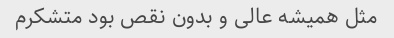
مثل همیشه عالی و بدون نقص بود متشکرم